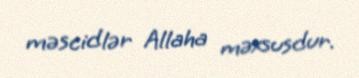
məscidlər Allaha məxsusdur.